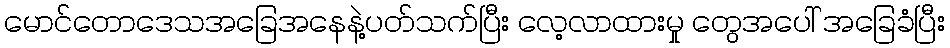
မောင်တောဒေသအခြေအနေနဲ့ပတ်သက်ပြီး လေ့လာထားမှု တွေအပေါ် အခြေခံပြီး